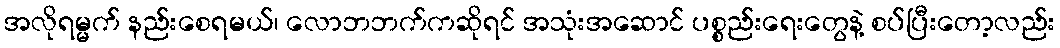
အလိုရမ္မက် နည်းစေရမယ်၊ လောဘဘက်ကဆိုရင် အသုံးအဆောင် ပစ္စည်းရေးတွေနဲ့ စပ်ပြီးတော့လည်း